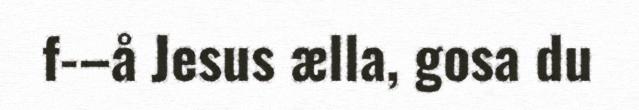
f-–å Jesus ælla, gosa du